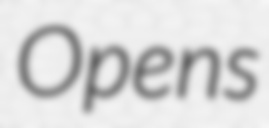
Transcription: Opens